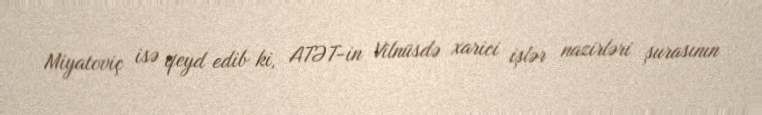
Miyatoviç isə qeyd edib ki, ATƏT-in Vilnüsdə xarici işlər nazirləri şurasının